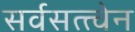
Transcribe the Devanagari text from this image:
सर्वसत्त्वेन